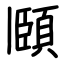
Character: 頥